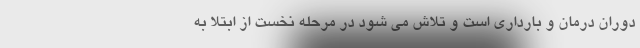
دوران درمان و بارداری است و تلاش می شود در مرحله نخست از ابتلا به